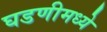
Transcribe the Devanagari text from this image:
घडणीमध्ये